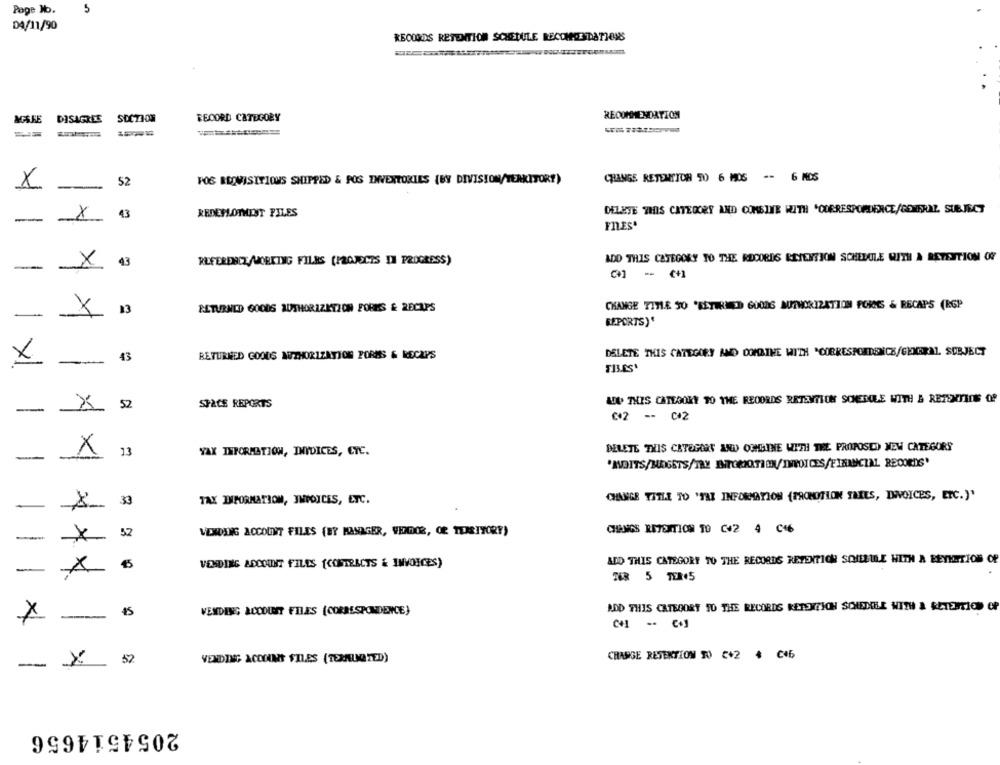
Page No.
DA/11/90
REOOGOS RETENTION SCHEDULE RECOMIENDATIONS
RECOMMENDATION
DISAGREE
SECTION
RECORD CATEGORY
X
52
POS REVISITIONS SHIPPED & POS INVENTORIES (BY DIVISION/TEAKITOR?)
CHANGE RETENTION 90 6 MOS -- 6 NOS
43
REDEPLOTHEINT PILES
DELETE THIS CATEGORY AND COMBINE WITH "OURRESPONDENCE/COVERAL SUBJECT
-
X
FILES*
REFERENCE/WORKING FILES (PROJECTS IN PROGRESS)
ADD THIS CATEGORY TO THE RECORDS RETENTION SCHEDULE WITH A RETENTION OFF
-
X
43
3 - 4
CHANGE TITLE 90 'SETHU ED GOODS MITMORIZATION FORMS & RECAPS (RGP
13
ELTURNED GOODS AUTHORIZATION FORMSS & RECUPS
-
REPORTS)'
DELETE THIS CATEGORY AMD COMBINE WITH "CORRESPONDENCE/GENERAL SUBJECT
43
RETURNED GOODS AUTHORIZATION FORMS & RECAPS
--
TILES'
1 x1.
52
SPACE REPORTS
ALDO THIS CATEGORY TO THE RECORDS RETENTION SCHEDULE WITH & RETENTION OP
-
002 - 0+2
13
YAX INFORMATION, INYDICES, CTC.
DELETE THIS CATEGORY AND OUHATNE WITH THE PROPOSED NEW CATEGORS
-
X
'ANDITS/BUDGETS/TAY INTORNOKTIONINVOICES/FINANCIAL RECORDS'
| |
CHANGE TITLE TO 'THE INFORMATION (PROMOTION TAILS, INVOICES, ETC.)'
33
TAX INFORMATION, INVOICES, ETC.
-
52
VENDING ACCOUNT FILES (BY MANAGER, VIDROR, OR TERRITORY)
CHANGS RETENTION TO C+2 4 C46
-
ADD THIS CATEGORY TO THE RECORDS RETENTICH SQUELLE WITH A EEYEATION OF
VENDING ADCOUNT FILES [CONTRACTS & INVOICES)
-
X
TOR 5 TER+5
15
VENDING ACCOUNT FILES (CORRESPONDENCE)
ADD THIS CATEGORY TO THE RECORDS RETS TION SONEDILE WITH & RETENTION OP
-
VENDING ACCENT FILES (TERMEUNDATED)
CHARGE RETENTION 50 €+2 + 0+6
- X
52
2054514656